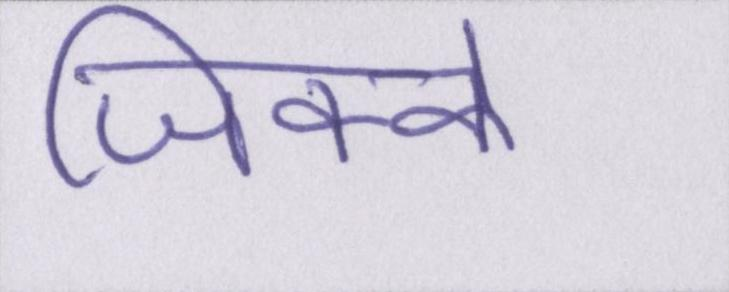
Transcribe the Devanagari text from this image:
जिक्के